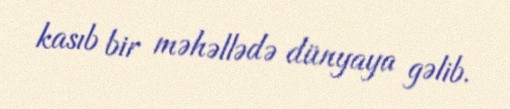
kasıb bir məhəllədə dünyaya gəlib.